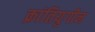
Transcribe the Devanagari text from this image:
क्रांतियुगीन